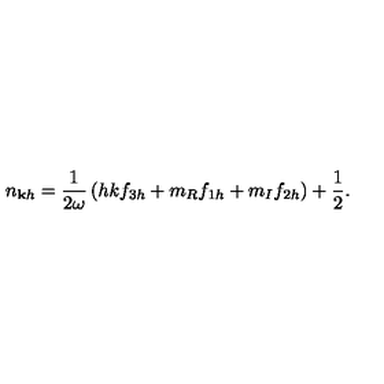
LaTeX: n _ { \mathbf { k } h } = \frac { 1 } { 2 \omega } \left( h { k } f _ { 3 h } + m _ { R } f _ { 1 h } + m _ { I } f _ { 2 h } \right) + \frac { 1 } { 2 } .